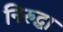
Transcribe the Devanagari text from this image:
निरुद्धा